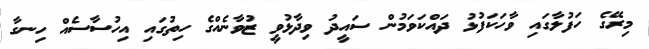
މިރޭގެ ހަފުލާގައި ވާހަކަފުޅު ދައްކަވަމުން ސައީދު ވިދާޅުވީ ޒުވާނެއްގެ ހިތުގައި އިހުސާސެއް ހިނގާ